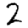
Digit: 2